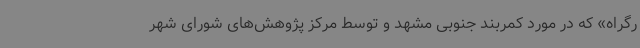
رگراه» که در مورد کمربند جنوبی مشهد و توسط مرکز پژوهش‌های شورای شهر